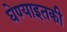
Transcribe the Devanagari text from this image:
घेण्याइतकी